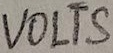
Text: VOLTS